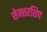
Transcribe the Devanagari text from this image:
सेन्शरशिप